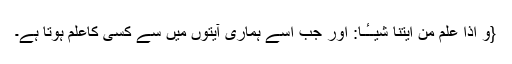
{وَ اِذَا عَلِمَ مِنْ اٰیٰتِنَا شَیْــٴًـا: اور جب اسے ہماری آیتوں میں سے کسی کاعلم ہوتا ہے۔